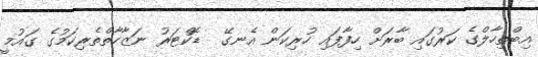
އިބްތިހާލްގެ ކަރުގައި ބާރަށް ހިފާފައި ހުރިކަން އެނގޭ  ޑޮކްޓަރު ނަޒާހާތްތެރިކަމުގެ ގައުމީ